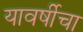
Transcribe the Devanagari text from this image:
यावर्षीचा